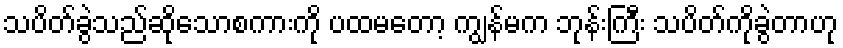
သပိတ်ခွဲသည်ဆိုသောစကားကို ပထမတော့ ကျွန်မက ဘုန်းကြီး သပိတ်ကိုခွဲတာဟု